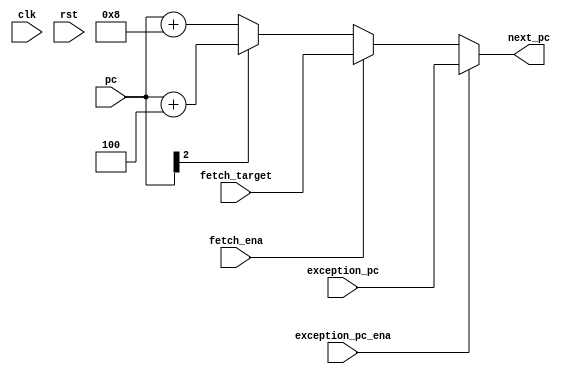
module npc (
    input   wire        clk,
    input   wire        rst,

    input   wire        fetch_ena,
    input   wire [31:0] fetch_target,

    input   wire        exception_pc_ena,
    input   wire [31:0] exception_pc,
    
    input   wire [31:0] pc,

    output  reg  [31:0] next_pc
);

  always @(*) begin
    if (exception_pc_ena) begin
      next_pc = exception_pc;
    end else if (fetch_ena) begin
      next_pc = fetch_target;
    end else if (pc[2]) begin
      next_pc = pc + 32'h4;
    end else begin
      next_pc = pc + 32'h8;
    end
  end

endmodule